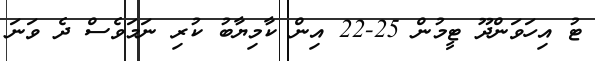
ޓު އިހަވަންދޫ ޓީމުން 25-22 އިން ކާމިޔާބު ކުރި ނަމަވެސް ދެ ވަނަ